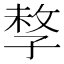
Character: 𡥽